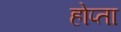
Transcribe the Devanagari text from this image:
होप्ता